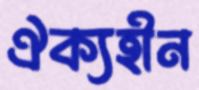
ঐক্যহীন